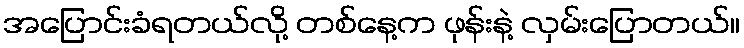
အပြောင်းခံရတယ်လို့ တစ်နေ့က ဖုန်းနဲ့ လှမ်းပြောတယ်။